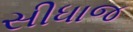
સીધાજ